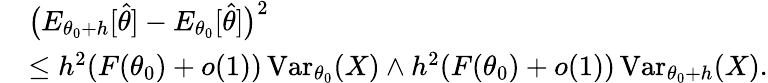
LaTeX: \begin{array}{rl}&{\big(E_{{\theta_{0}}+h}[\widehat\theta]-E_{\theta_{0}}[\widehat\theta]\big)^{2}}\\ &{\leq h^{2}(F({\theta_{0}})+o(1))\operatorname{Var}_{\theta_{0}}(X)\wedge h^{2}(F({\theta_{0}})+o(1))\operatorname{Var}_{\theta_{0}+h}(X).}\end{array}